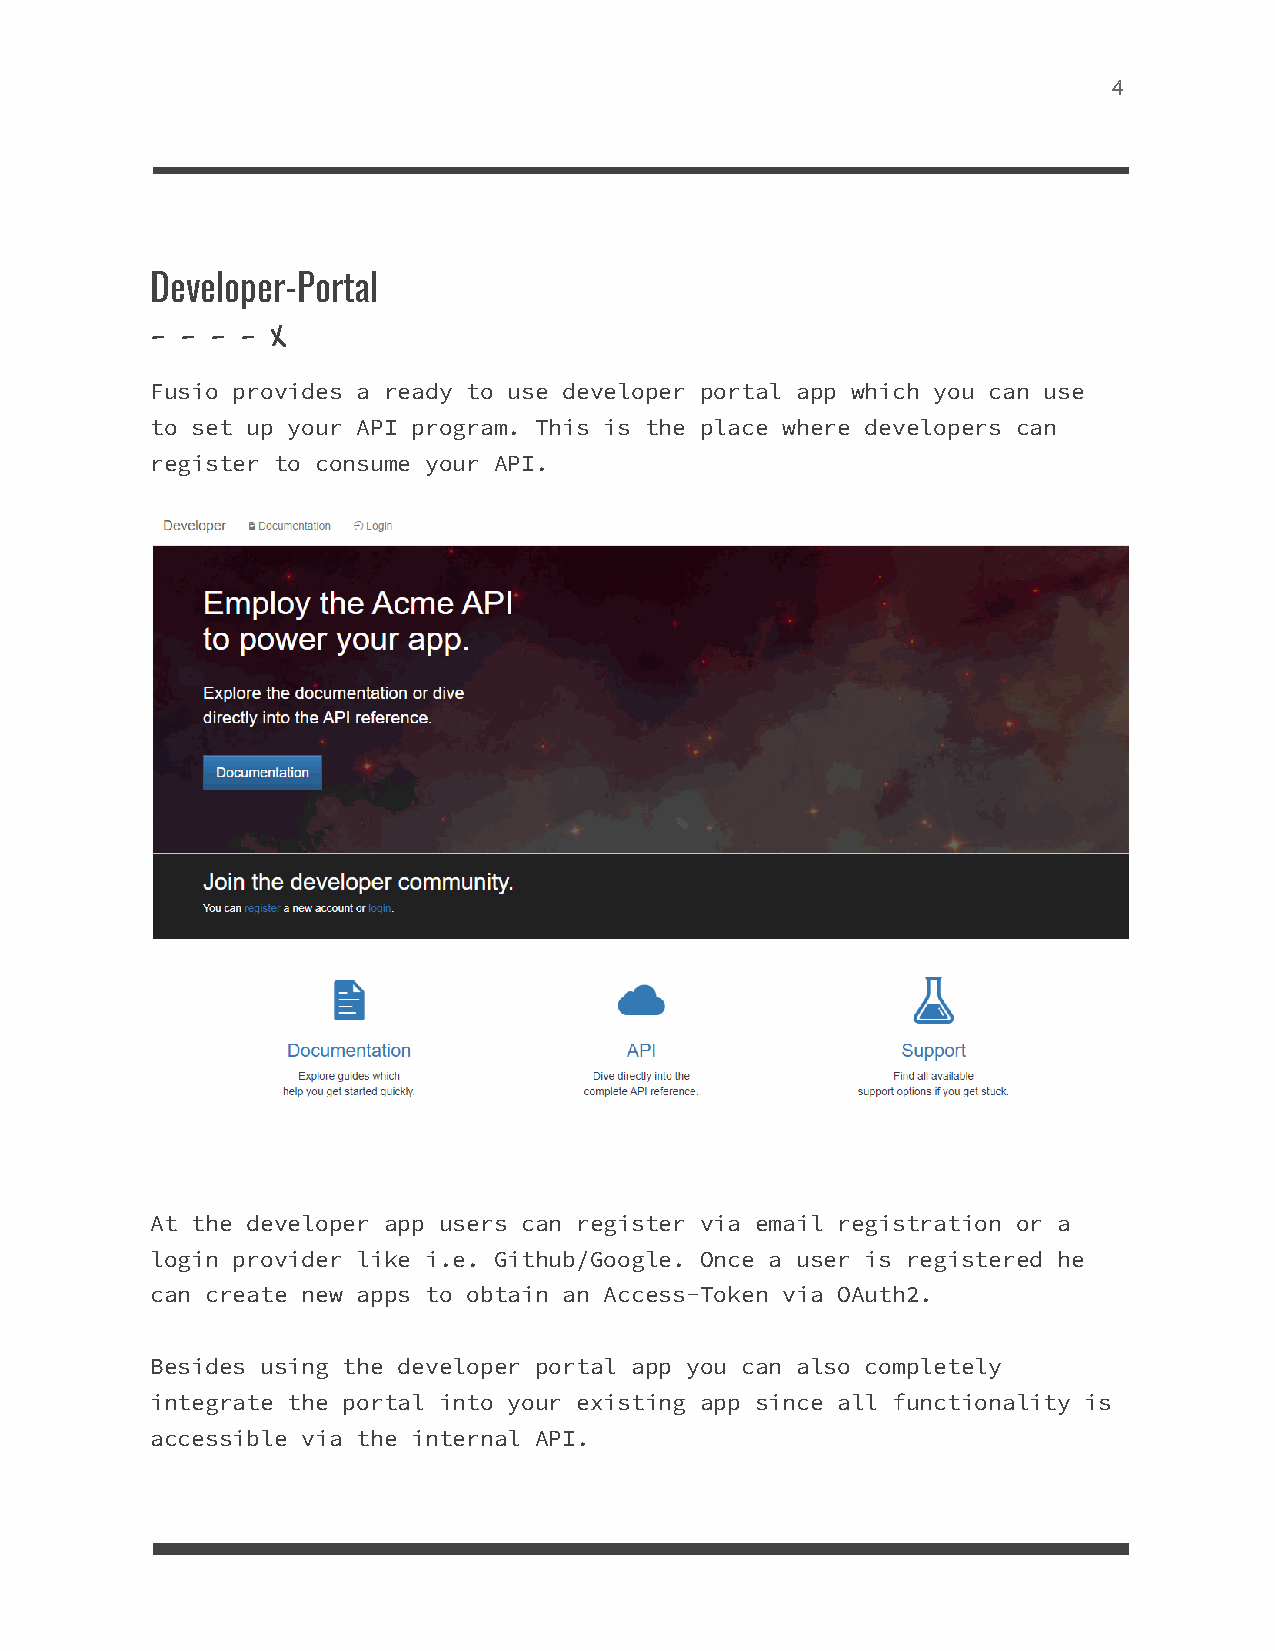
4
 Developer-Portal
 - - - - X
 Fusio provides a ready to use developer portal app which you can use
 to set up your API program. This is the place where developers can
 register to consume your API.
 At the developer app users can register via email registration or a
 login provider like i.e. Github/Google. Once a user is registered he
 can create new apps to obtain an Access-Token via OAuth2.
 Besides using the developer portal app you can also completely
 integrate the portal into your existing app since all functionality is
 accessible via the internal API.